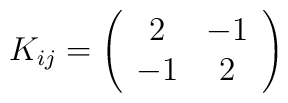
K_{ij} = \left(     \begin{array}{cc}       2 & -1\\       -1 & 2     \end{array}            \right)